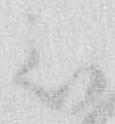
被